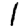
Digit: 1